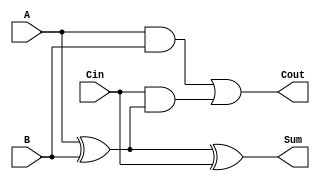
module FullAdder (
    input wire A,      // First input bit
    input wire B,      // Second input bit
    input wire Cin,    // Carry-in bit
    output wire Sum,   // Sum output
    output wire Cout   // Carry-out output
);

// Internal signals for intermediate calculations
wire AxorB;

// Calculate Sum using XOR gates
assign AxorB = A ^ B;      // A XOR B
assign Sum = AxorB ^ Cin;  // (A XOR B) XOR Cin

// Calculate Cout using AND and OR gates
assign Cout = (A & B) | (Cin & AxorB); // (A AND B) OR (Cin AND (A XOR B))

endmodule